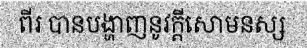
ពីរ បានបង្ហាញនូវក្តីសោមនស្ស